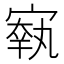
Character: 𡪐